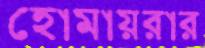
হোমায়রার